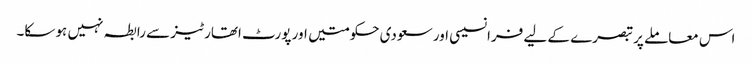
اس معاملے پر تبصرے کے لیے فرانسیسی اور سعودی حکومتیں اور پورٹ اتھارٹیز سے رابطہ نہیں ہو سکا۔